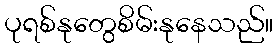
ပုရစ်နုတွေစိမ်းနုနေသည်။